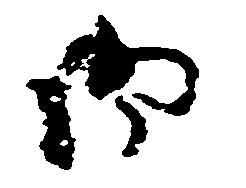
御